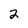
Character: 2